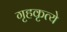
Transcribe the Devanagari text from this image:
गृहकृत्ये